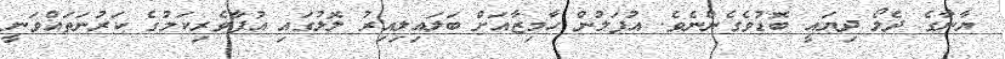
ޔާނާގެ ދެލޯ ދިޔައީ ބޮޑުވެގެންނެވެ. އުފަލުން ހާމިޒާއަށް ބަލައިލިއިރު ލޮލުގައި އުފާވެރިކަމުގެ ކަރުނަތައްވަނީ